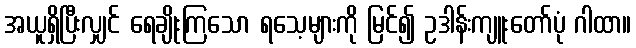
အယူရှိပြီးလျှင် ရေချိုးကြသော ရသေ့များကို မြင်၍ ဥဒါန်းကျူးတော်ပုံ ဂါထာ။